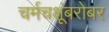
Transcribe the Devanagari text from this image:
चर्मचक्षूंबरोबर